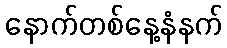
နောက်တစ်နေ့နံနက်